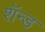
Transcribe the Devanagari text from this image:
शॅन्ड